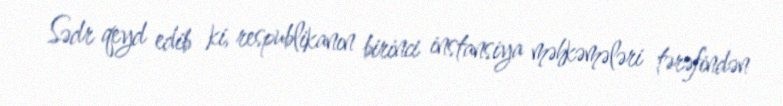
Sədr qeyd edib ki, respublikanın birinci instansiya məhkəmələri tərəfindən